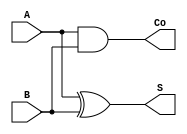
/*
 * Generated by Digital. Don't modify this file!
 * Any changes will be lost if this file is regenerated.
 */

module halfadder (
  input A,
  input B,
  output Co,
  output S
);
  assign S = (A ^ B);
  assign Co = (A & B);
endmodule